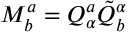
M _ { b } ^ { a } = Q _ { \alpha } ^ { a } \tilde { Q } _ { b } ^ { \alpha }